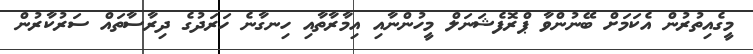
މީގެއިތުރުން އެކަމަށް ބޭނުންވާ ޕްރޮފެޝަނަލް މީހުންނާއި އިމާރާތާއި ހިނގާނެ ހަރަދުގެ ދިރާސާތައް ސަރުކާރުން